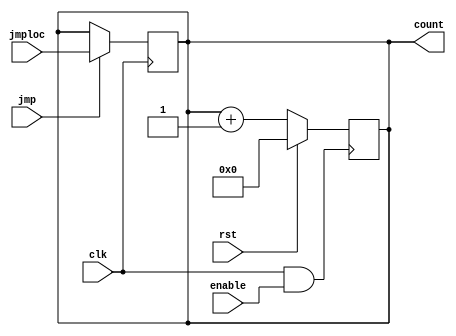
// This program was cloned from: https://github.com/TheSUPERCD/8bit_MicroComputer_Verilog
// License: MIT License

`timescale 1ns/1ps
module PC(input clk, input rst, input enable, input [3:0] jmploc, input jmp, output reg [3:0] count);
wire CLK;
assign CLK = (clk & enable);
initial begin
    count <= 4'b0000;
end
always @(posedge CLK)
begin
    if(rst)
    begin
        count <= 4'b0000;
    end
    else
    begin
        count <= count + 1;
    end
end

always @(posedge clk)
begin
    if(jmp)
    begin
        count <= jmploc;
    end
end
endmodule